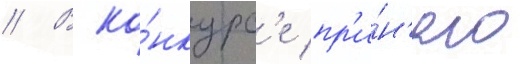
// В ко́нкурс'е пр'и́н'яло